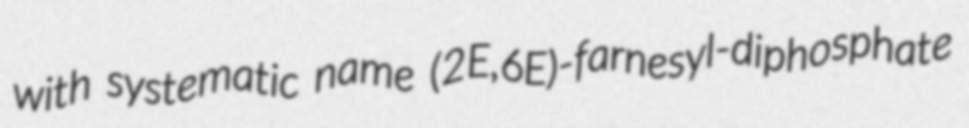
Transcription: with systematic name (2E,6E)-farnesyl-diphosphate